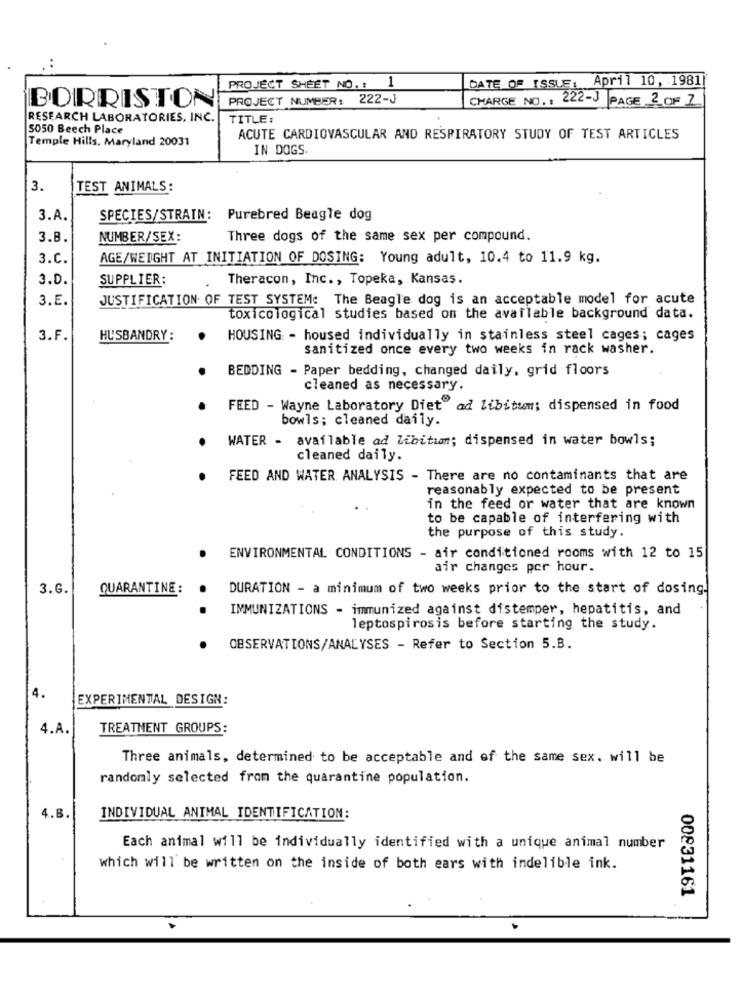
DATE OF ISSUE: April 10, 1981]
PROJECT SHEET NO. : 1
BORRISTON
PROJECT NUMBER: 222-3
CHARGE NO .: 222-J PAGE 2 OF 7
RESEARCH LABORATORIES, INC.
TITLE:
5050 Beech Place
Temple Hills, Maryland 20031
ACUTE CARDIOVASCULAR AND RESPIRATORY STUDY OF TEST ARTICLES
IN DOGS.
3.
TEST ANIMALS:
3.A.
SPECIES/STRAIN: Purebred Beagle dog
3.B.
NUMBER/SEX:
Three dogs of the same sex per compound.
3.C.
AGE/WEIGHT AT INITIATION OF DOSING: Young adult, 10.4 to 11.9 kg.
3.D.
SUPPLIER:
Theracon, Inc ., Topeka, Kansas.
3.E.
JUSTIFICATION OF TEST SYSTEM: The Beagle dog is an acceptable model for acute
toxicological studies based on the available background data.
3.F.
HUSBANDRY :
HOUSING: - housed individually in stainless steel cages; cages
sanitized once every two weeks in rack washer.
BEDDING - Paper bedding, changed daily, grid floors
cleaned as necessary.
FEED - Wayne Laboratory Diet"ad libitum; dispensed in food
bowls; cleaned daily.
WATER - available ad libitum; dispensed in water bowls;
cleaned daily.
FEED AND WATER ANALYSIS - There are no contaminants that are
reasonably expected to be present
in the feed or water that are known
to be capable of interfering with
the purpose of this study.
ENVIRONMENTAL CONDITIONS - air conditioned rooms with 12 to 15
air changes per hour.
3.G.
QUARANTINE:
DURATION - a minimum of two weeks prior to the start of dosing.
.
IMMUNIZATIONS - immunized against distemper, hepatitis, and
leptospirosis before starting the study.
OBSERVATIONS/ANALYSES - Refer to Section 5.B.
4.
EXPERIMENTAL DESIGN:
4.A.
TREATMENT GROUPS:
Three animals, determined to be acceptable and of the same sex. will be
randomly selected from the quarantine population.
4.B
INDIVIDUAL ANIMAL IDENTIFICATION:
Each animal will be individually identified with a unique animal number
which will be written on the inside of both ears with indelible ink.
00831161